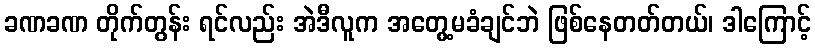
ခဏခဏ တိုက်တွန်း ရင်လည်း အဲဒီလူက အတွေ့မခံချင်ဘဲ ဖြစ်နေတတ်တယ်၊ ဒါကြောင့်